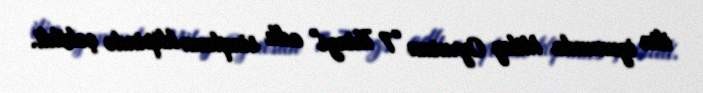
ilin iyununda Miley Cyrusun "7 Things" adlı sinqlının klipində çəkildi.